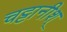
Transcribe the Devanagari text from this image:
चट्टानीश्